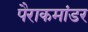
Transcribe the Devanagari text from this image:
पैराकमांडर